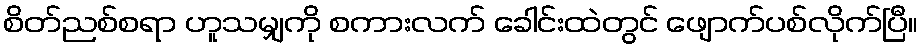
စိတ်ညစ်စရာ ဟူသမျှကို စကားလက် ခေါင်းထဲတွင် ဖျောက်ပစ်လိုက်ပြီ။